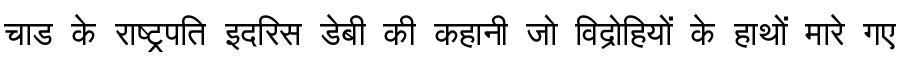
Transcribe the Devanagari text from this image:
चाड के राष्ट्रपति इदरिस डेबी की कहानी जो विद्रोहियों के हाथों मारे गए